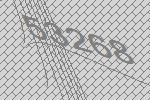
53268